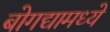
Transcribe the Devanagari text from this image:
बोगद्यामध्ये